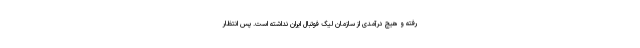
رفته و هیچ درآمدی از سازمان لیگ فوتبال ایران نداشته است. پس انتظار